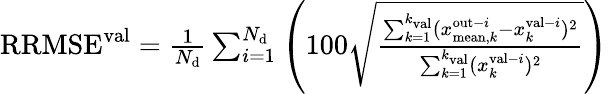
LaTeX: \begin{array}{r}{\mathrm{RRMSE^{val}}=\frac{1}{N_{\mathrm{d}}}\sum_{i=1}^{N_{\mathrm{d}}}\left(100\sqrt{\frac{\sum_{k=1}^{k_{\mathrm{val}}}(x_{\mathrm{mean},k}^{\mathrm{out}-i}-x_{k}^{\mathrm{val}-i})^{2}}{\sum_{k=1}^{k_{\mathrm{val}}}(x_{k}^{\mathrm{val}-i})^{2}}}\right)}\end{array}